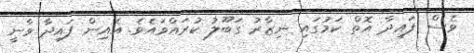
ވެސް ފައިދާ އޮތް ކަމުގައި ނިޒާރު ގަބޫލު ކުރައްވައެވެ. އެއިން ފައިދާ ވާނީ